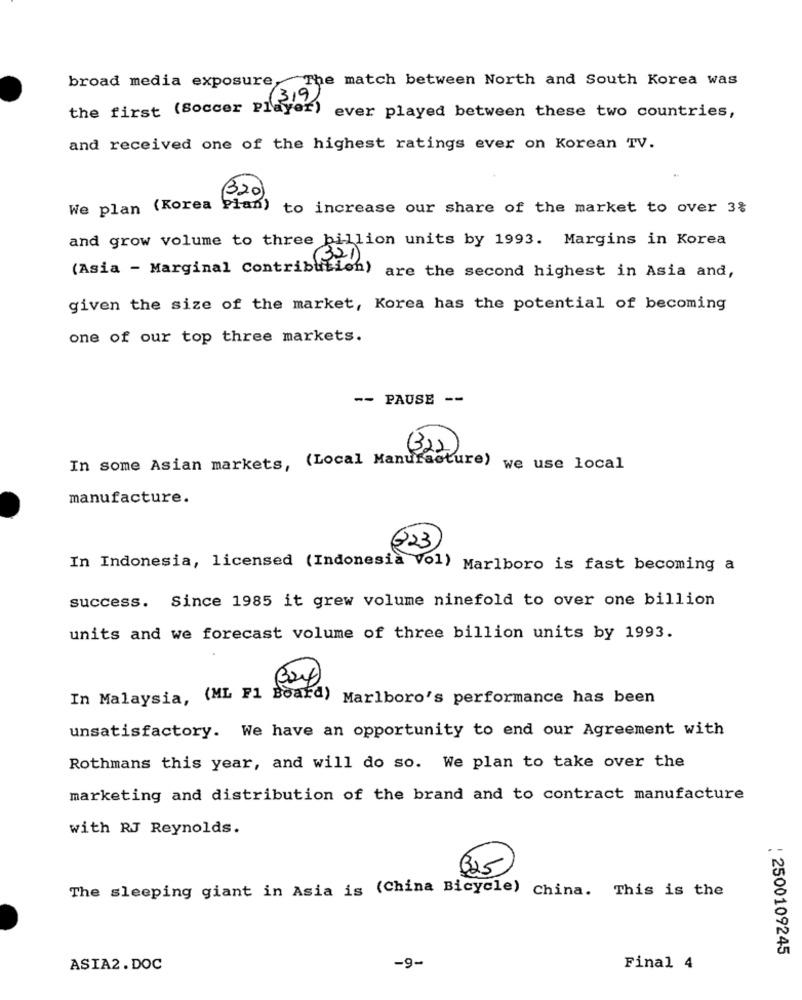
The match between North and South Korea was
broad media exposure
the first (Soccer Player)
ever played between these two countries,
and received one of the highest ratings ever on Korean TV.
320
We plan (Korea
Pian) to increase our share of the market to over 3%
and grow volume to three billion units by 1993. Margins in Korea
321
(Asia - Marginal Contribution) a
are the second highest in Asia and,
given the size of the market, Korea has the potential of becoming
one of our top three markets.
-- PAUSE --
(32)
In some Asian markets, (Local Manufacture) .
) we use local
manufacture.
323
In Indonesia, licensed (Indonesia Vol) Marlboro is fast becoming a
success. Since 1985 it grew volume ninefold to over one billion
units and we forecast volume of three billion units by 1993.
In Malaysia, (ML F1 Board) Marlboro's performance has been
unsatisfactory. We have an opportunity to end our Agreement with
Rothmans this year, and will do so. We plan to take over the
marketing and distribution of the brand and to contract manufacture
with RJ Reynolds.
The sleeping giant in Asia is (China Bicycle) China. This is the
: 2500109245
ASIA2. DOC
-9-
Final 4